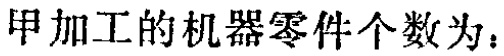
甲加工的机器零件个数为：